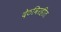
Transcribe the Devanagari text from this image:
देठविरहीत